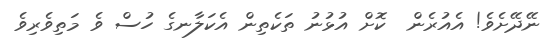
ނޭދޭށެވެ! އެއުރެން  ކޮށް އުޅުނު ތަކެތިން އެކަލާނގެ ހުސް ވެ މަތިވެރިވެ